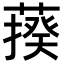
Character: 𦺕